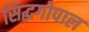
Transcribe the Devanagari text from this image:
सिद्धगोपाल